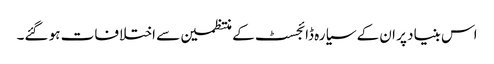
اس بنیاد پر ان کے سیارہ ڈائجسٹ کے منتظمین سے اختلافات ہو گئے۔